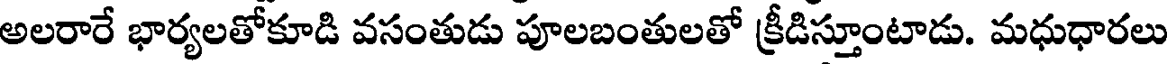
అలరారే భార్యలతోకూడి వసంతుడు పూలబంతులతో క్రీడిస్తూంటాడు. మధుధారలు